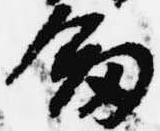
剣